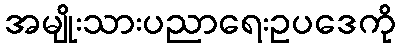
အမျိုးသားပညာရေးဥပဒေကို